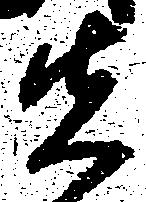
先